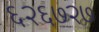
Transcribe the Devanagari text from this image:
६२६७२७